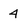
Character: 4